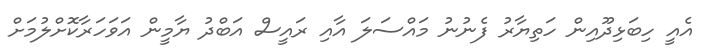
އެއީ ހިބަޅިދޫއިން ހަތިޔާރު ފެނުނު މައްސަލަ އާއި ރައީސް އަބްދު ޔާމީން އަވަހަރާކޮށްލުމަށް